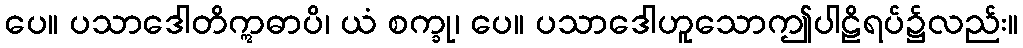
ပေ။ ပသာဒေါတိဣဓာပိ၊ ယံ စက္ခု၊ ပေ။ ပသာဒေါဟူသောဤပါဠိရပ်၌လည်း။